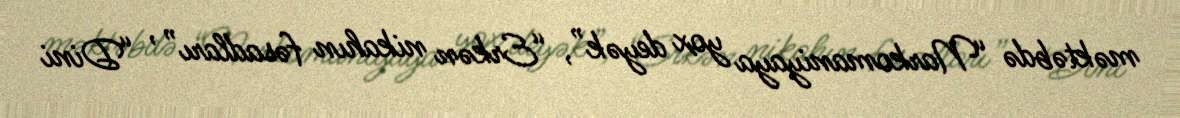
məktəbdə “Narkomaniyaya yox deyək”, “Erkən nikahın fəsadları” , “Dini